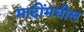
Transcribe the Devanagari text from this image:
मादींमधील